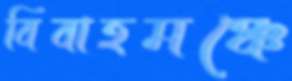
বিবাহমঞ্চে